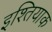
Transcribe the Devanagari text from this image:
इश्तियाक